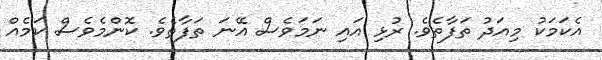
އެކަމަކު މިއަދު ތަފާތެވެ. ރުޅި އައި ނަމަވެސް އޭނަ ތަފާތެވެ. ކޮންމެވެސް ކަމެއް